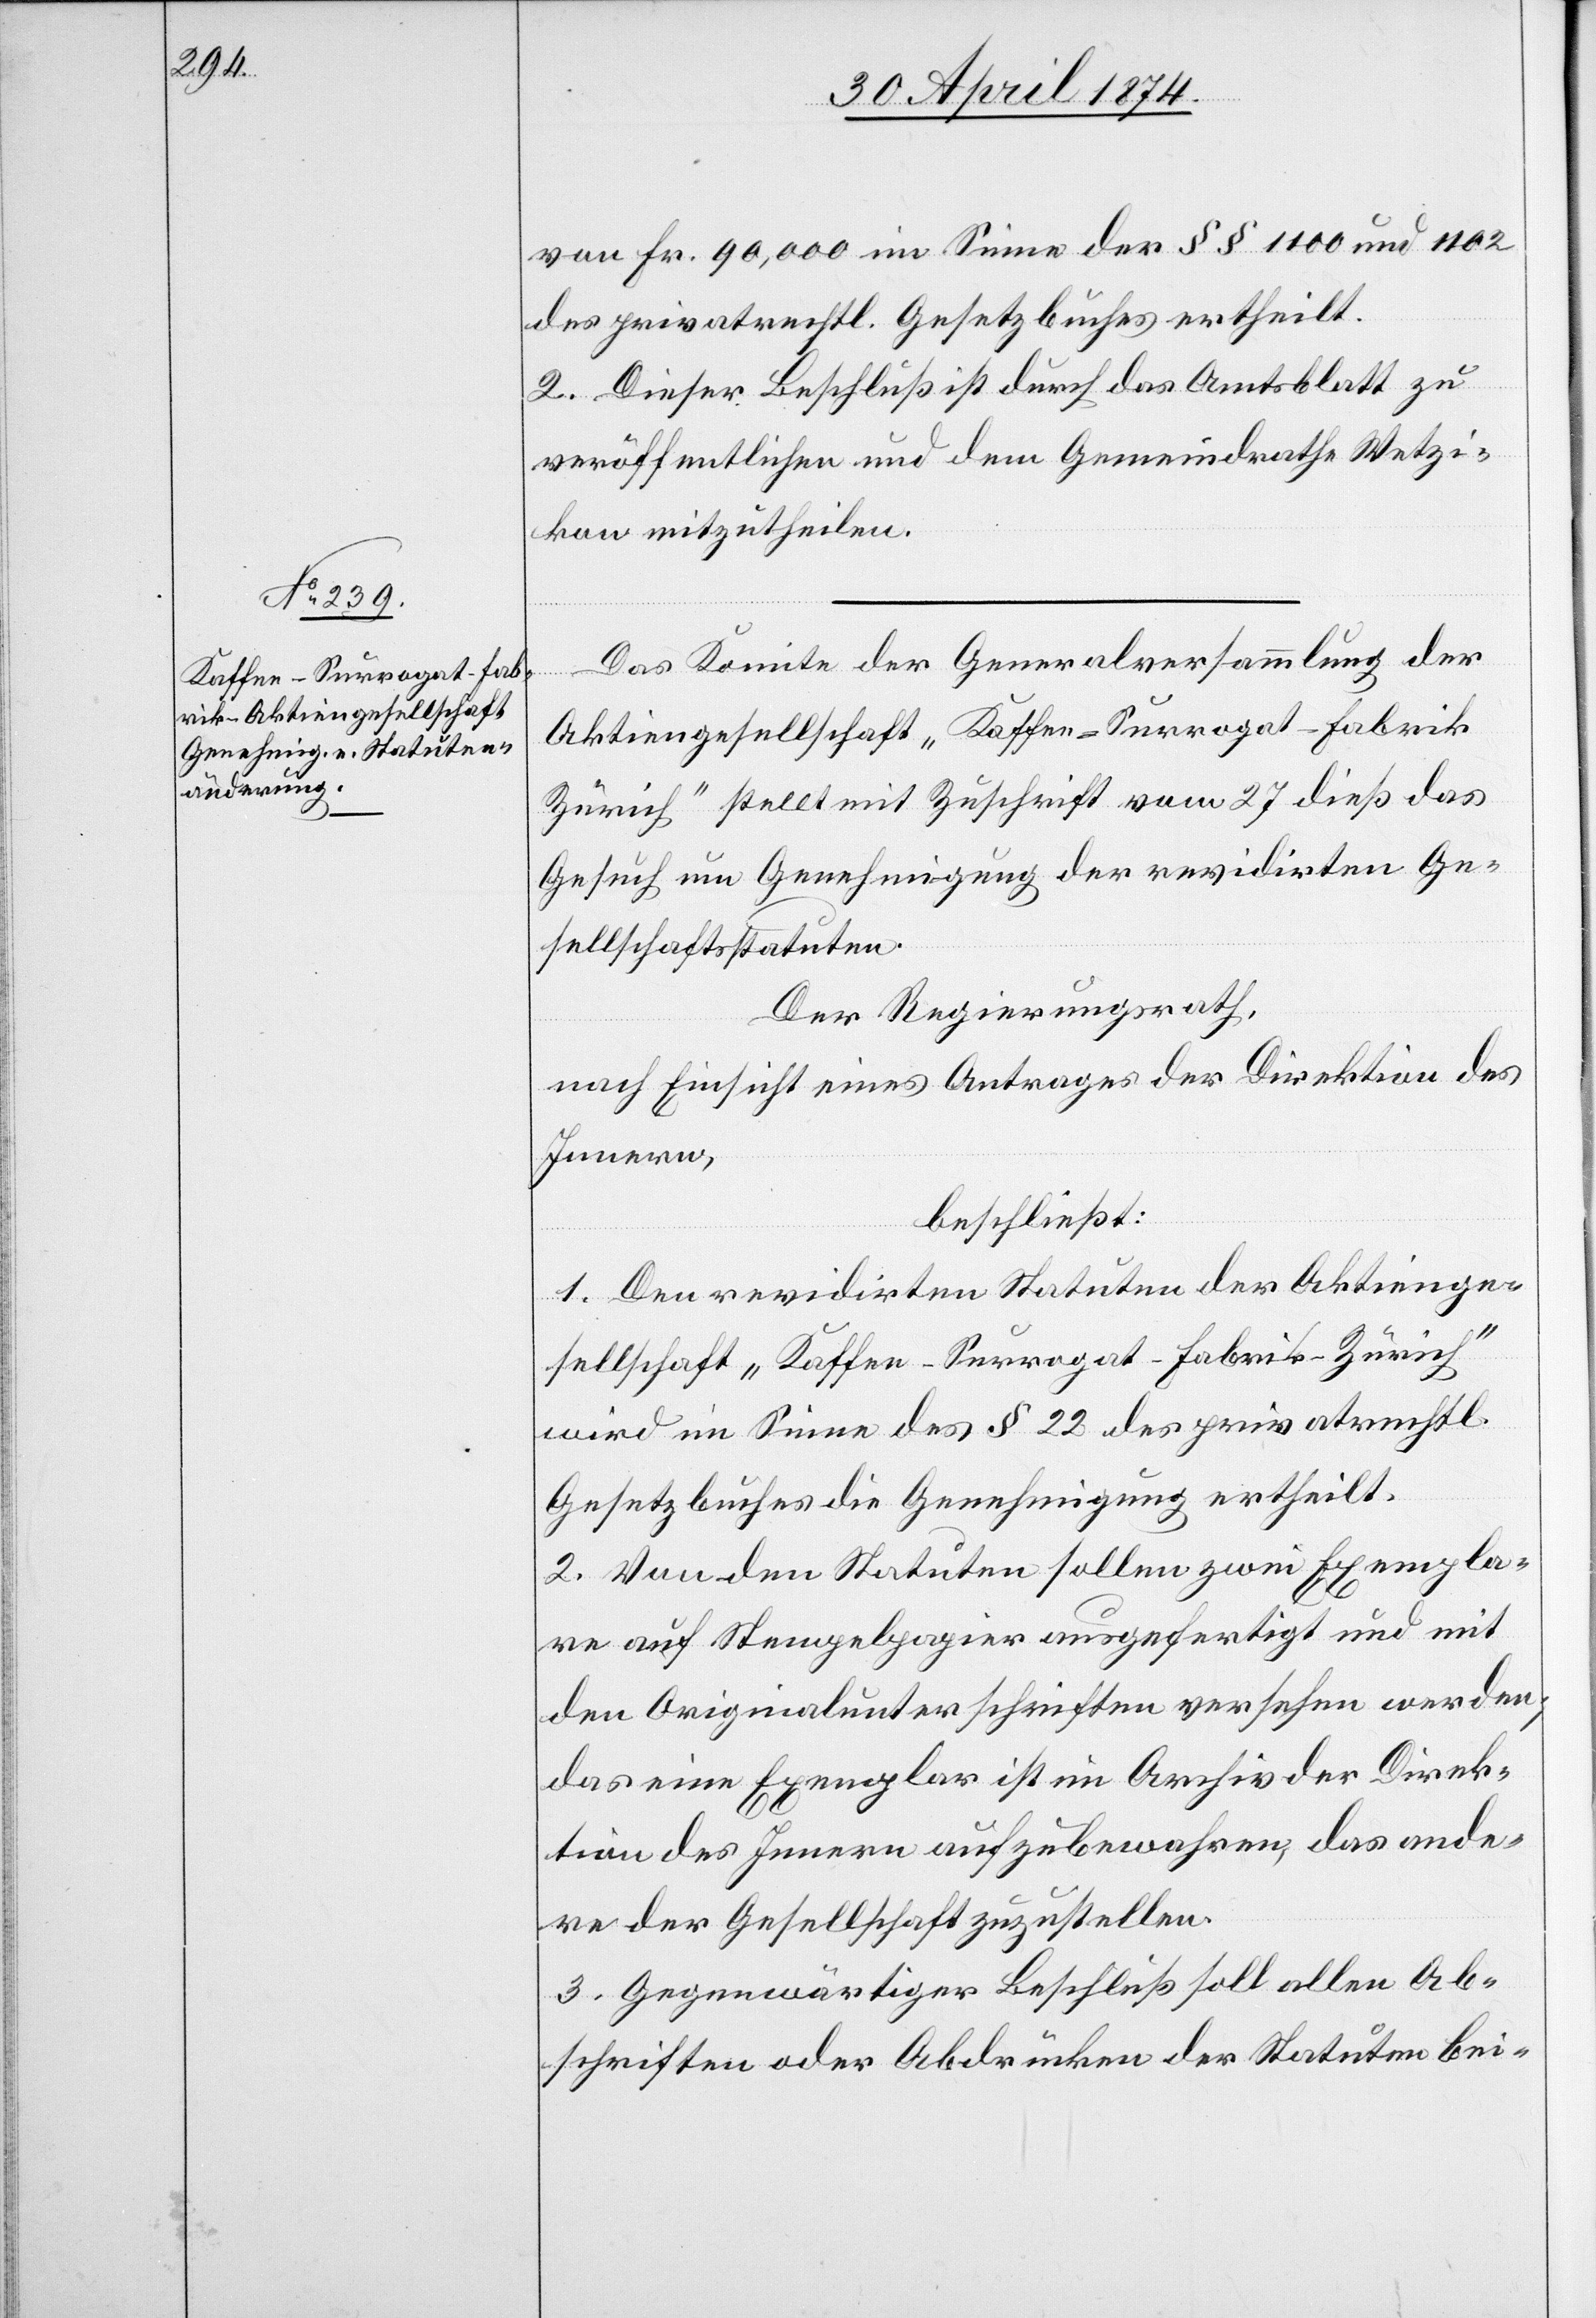
von Fr. 90,000 im Sinne der §§ 1100 und 1102
des privatrechtl. Gesetzbuches ertheilt.
2. Dieser Beschluß ist durch das Amtsblatt zu
veröffentlichen und dem Gemeindrathe Wetzi¬
kon mitzutheilen.
Das Komitee der Generalversammlung der
Aktiengesellschaft „Kaffee-Surrogat-Fabrik
Zürich“ stellt mit Zuschrift vom 27. dieß das
Gesuch um Genehmigung der revidirten Ge¬
sellschaftsstatuten.
Der Regierungsrath,
nach Einsicht eines Antrages der Direktion des
Innern,
beschließt:
1. Den revidirten Statuten der Aktienge¬
sellschaft „Kaffee-Surrogat-Fabrik-Zürich“
wird im Sinne des § 22 des privatrechtl.
Gesetzbuches die Genehmigung ertheilt.
2. Von den Statuten sollen zwei Exempla¬
re auf Stempelpapier ausgefertigt und mit
den Originalunterschriften versehen werden;
das eine Exemplar ist im Archiv der Direk¬
tion des Innern aufzubewahren, das ande¬
re der Gesellschaft zuzustellen.
3. Gegenwärtiger Beschluß soll allen Ab¬
schriften oder Abdrücken der Statuten bei-